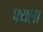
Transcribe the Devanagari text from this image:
फ्यला